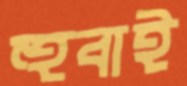
হুবাই